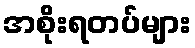
အစိုးရတပ်များ